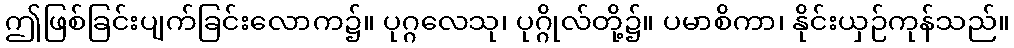
ဤဖြစ်ခြင်းပျက်ခြင်းလောက၌။ ပုဂ္ဂလေသု၊ ပုဂ္ဂိုလ်တို့၌။ ပမာစိကာ၊ နိုင်းယှဉ်ကုန်သည်။